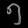
Digit: ၅